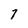
Character: 7